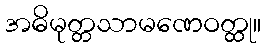
အဓိမုတ္တသာမဏေဝတ္ထု။